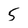
Character: 5